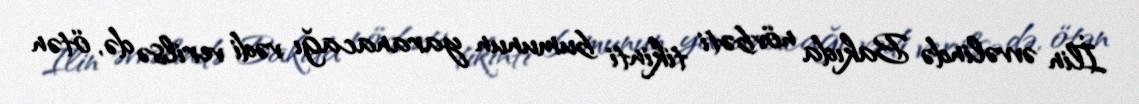
İlin əvvəlində Bakıda növbəti tikinti bumunun yaranacağı vədi verilsə də, ötən